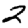
Digit: 2